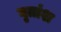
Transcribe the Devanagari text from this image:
घृतांश